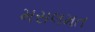
મસલમત